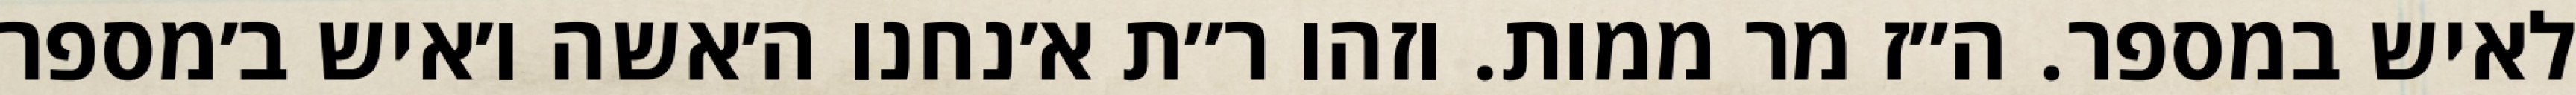
לאיש במספר. ה״ז מר ממות. וזהו ר״ת א׳נחנו ה׳אשה ו׳איש ב׳מספר